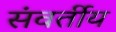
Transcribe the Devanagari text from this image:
संवर्तीय